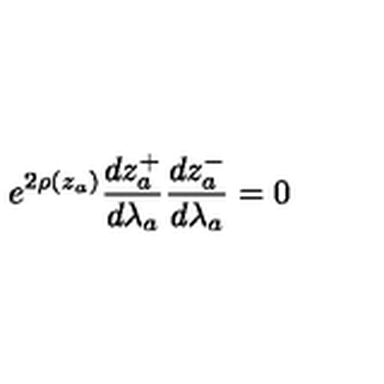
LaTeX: e ^ { 2 \rho ( z _ { a } ) } \frac { d z _ { a } ^ { + } } { d \lambda _ { a } } \frac { d z _ { a } ^ { - } } { d \lambda _ { a } } = 0